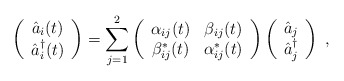
\begin{align*}\left(\begin{array}{c}\hat{a}_i(t)\\\hat{a}_i^\dag(t)\end{array}\right)=\sum_{j=1}^2\left( \begin{array}{cc}\alpha_{ij}(t)&\beta_{ij}(t)\\\beta_{ij}^\ast(t)&\alpha_{ij}^\ast(t)\end{array}\right)\left(\begin{array}{c}\hat{a}_j\\\hat{a}_j^\dag\end{array}\right)\;,\end{align*}